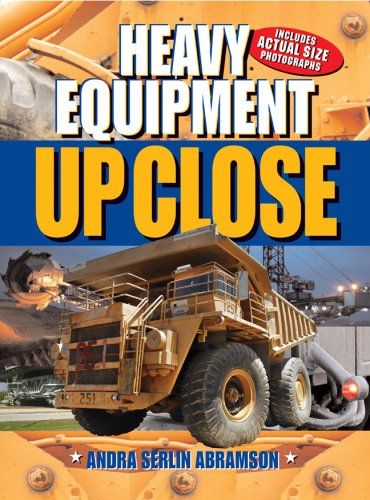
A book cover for Heavy Equipment: Up Close; Andra Serlin Abramson; Children's Books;